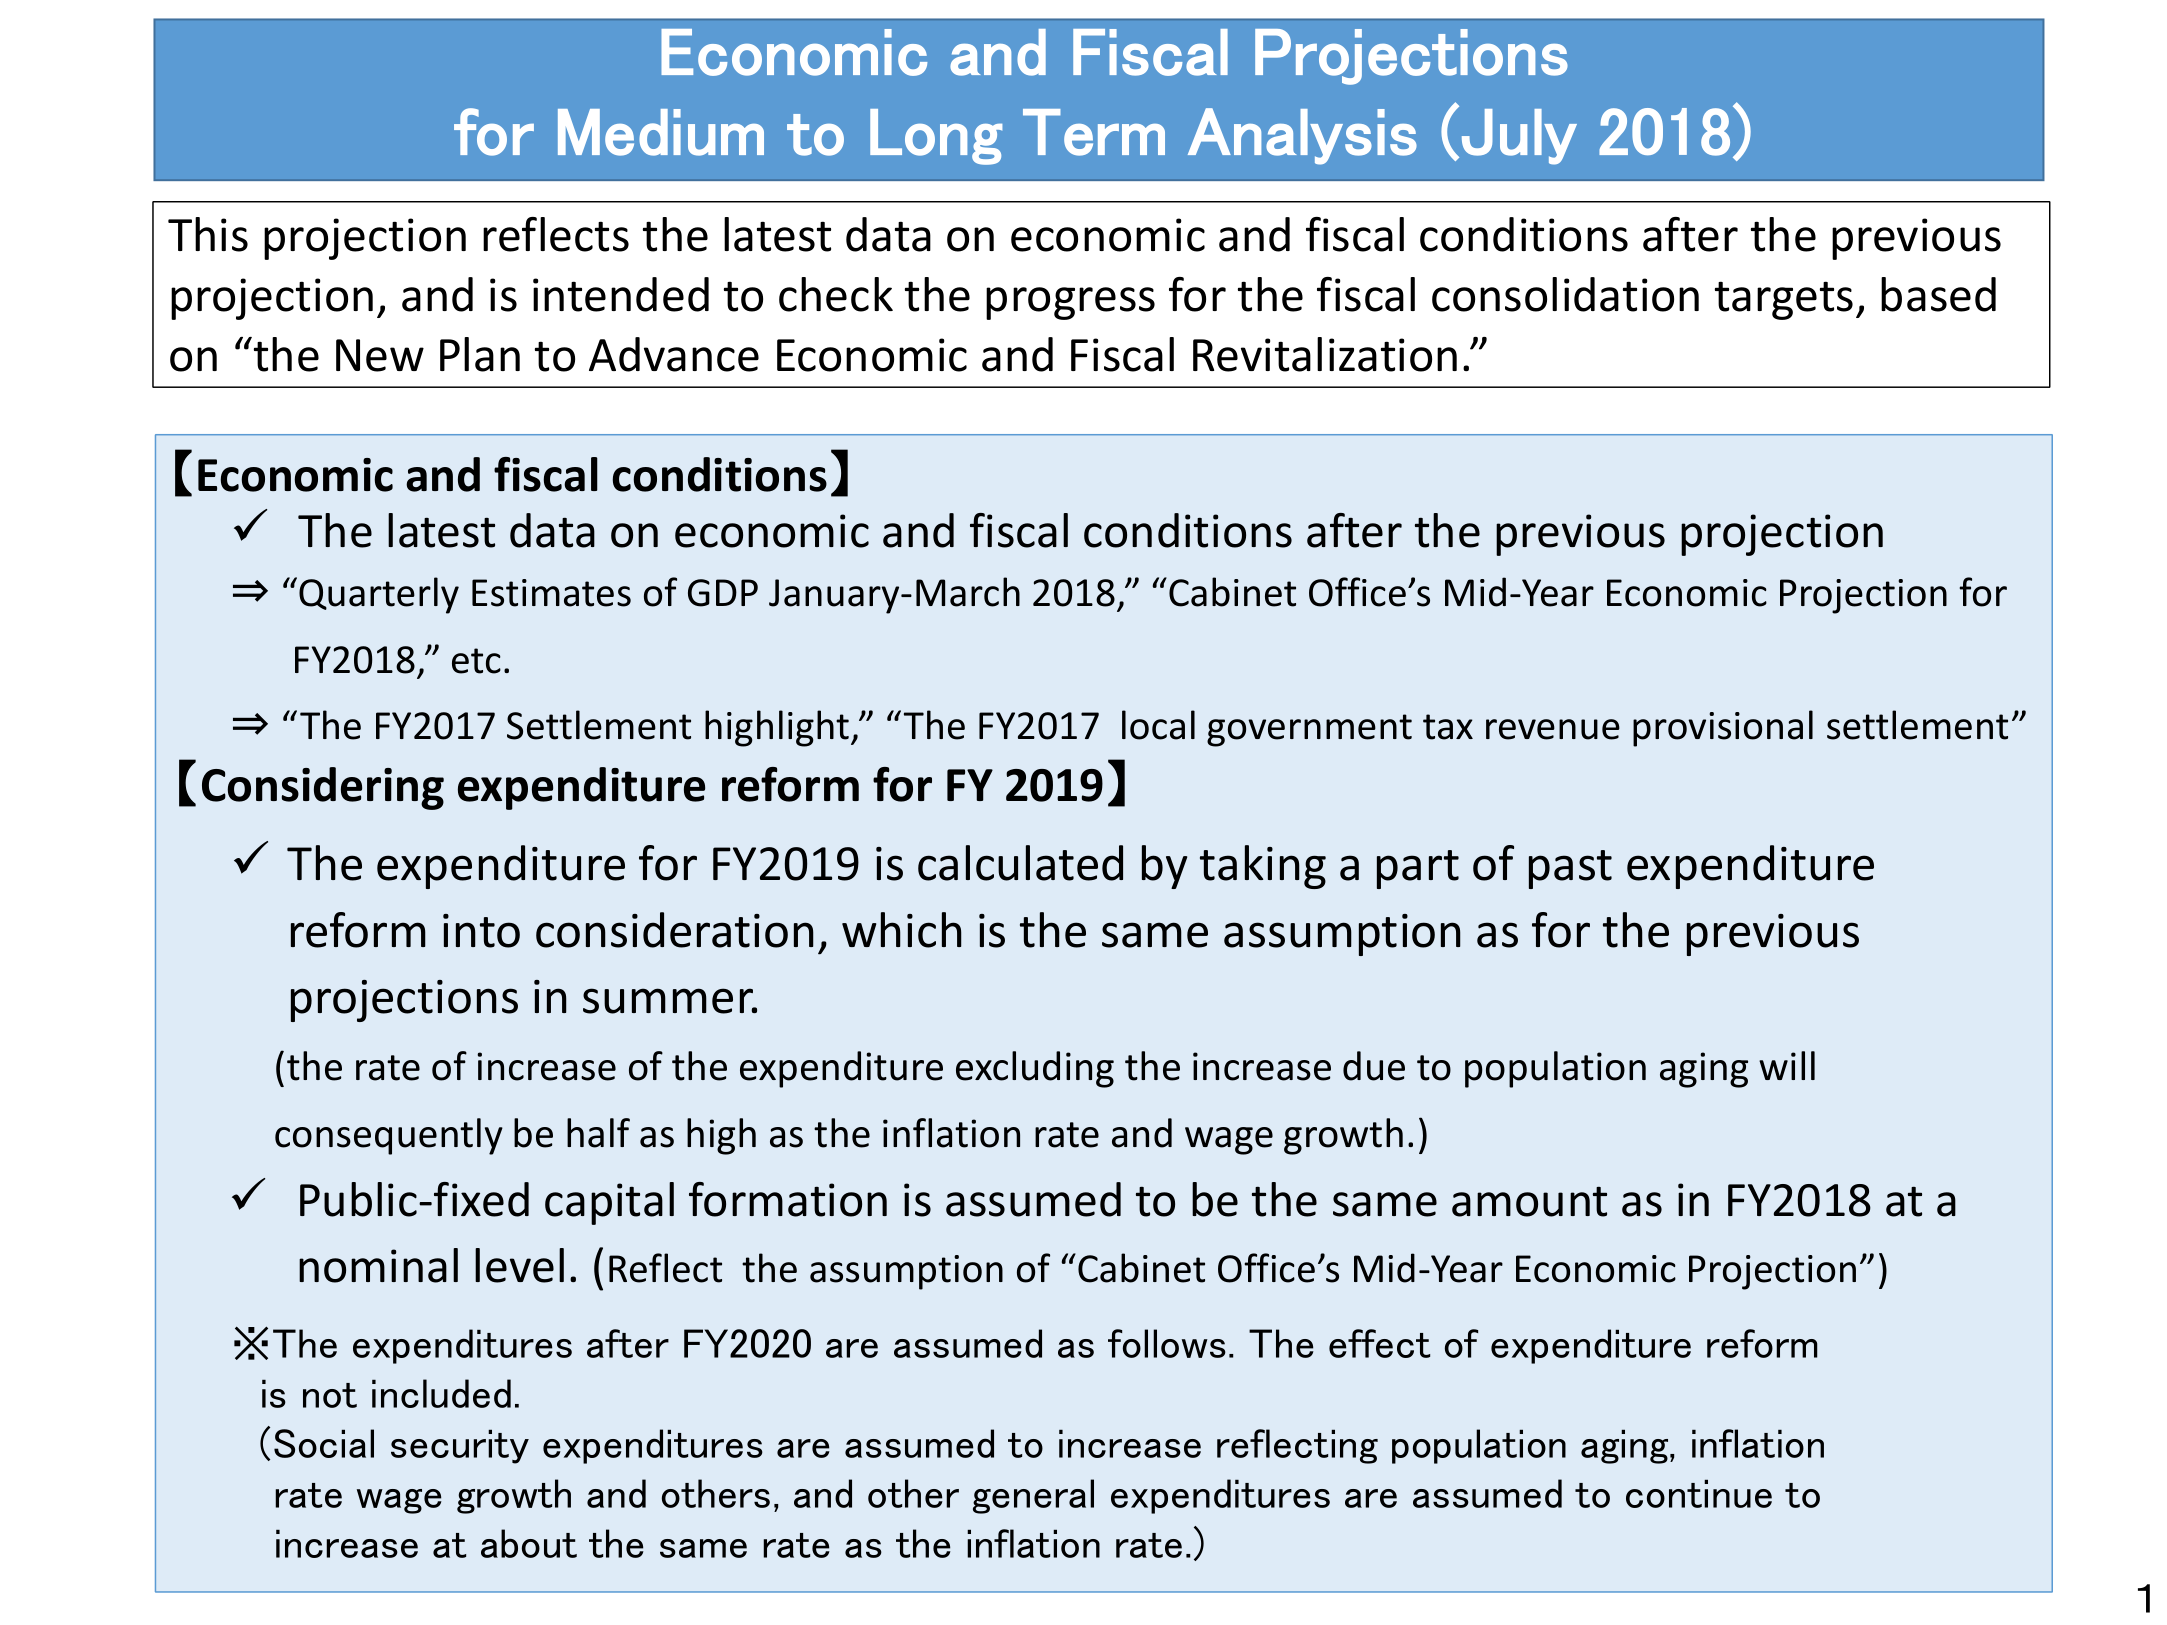
Economic and Fiscal Projections
for Medium to Long Term Analysis (July 2018)

This projection reflects the latest data on economic and fiscal conditions after the previous projection, and is intended to check the progress for the fiscal consolidation targets, based on “the New Plan to Advance Economic and Fiscal Revitalization.”

【Economic and fiscal conditions】
✓ The latest data on economic and fiscal conditions after the previous projection
⇒ “Quarterly Estimates of GDP January-March 2018,” “Cabinet Office’s Mid-Year Economic Projection for FY2018,” etc.
⇒ “The FY2017 Settlement highlight,” “The FY2017 local government tax revenue provisional settlement”

【Considering expenditure reform for FY 2019】
✓ The expenditure for FY2019 is calculated by taking a part of past expenditure reform into consideration, which is the same assumption as for the previous projections in summer.
(the rate of increase of the expenditure excluding the increase due to population aging will consequently be half as high as the inflation rate and wage growth.)
✓ Public-fixed capital formation is assumed to be the same amount as in FY2018 at a nominal level. (Reflect the assumption of “Cabinet Office’s Mid-Year Economic Projection”)
※The expenditures after FY2020 are assumed as follows. The effect of expenditure reform is not included.
(Social security expenditures are assumed to increase reflecting population aging, inflation rate wage growth and others, and other general expenditures are assumed to continue to increase at about the same rate as the inflation rate.)

1